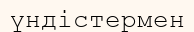
үндістермен